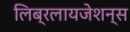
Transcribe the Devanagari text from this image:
लिब्रलायजेशन्स